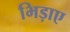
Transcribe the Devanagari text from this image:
भिड़ाए